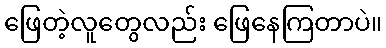
ဖြေတဲ့လူတွေလည်း ဖြေနေကြတာပဲ။